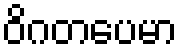
ဝိဂတပေမာ